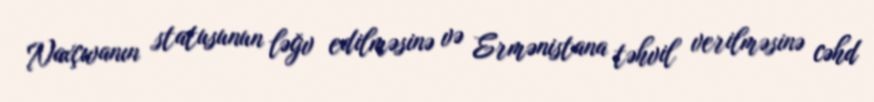
Naxçıvanın statusunun ləğv edilməsinə və Ermənistana təhvil verilməsinə cəhd